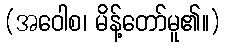
(အဝေါစ၊ မိန့်တော်မူ၏။)